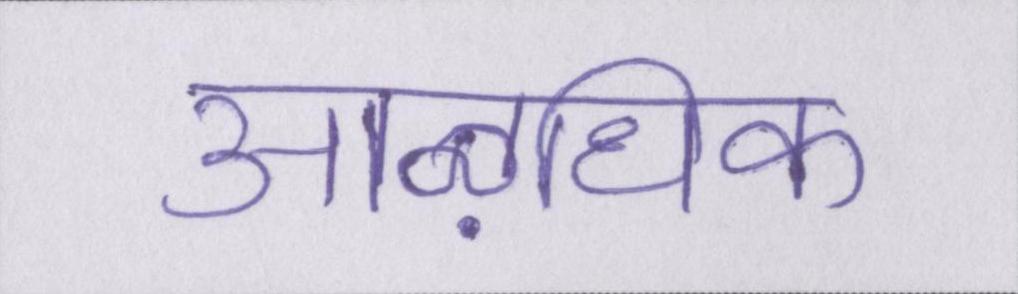
आऴधिक